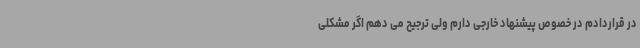
در قراردادم در خصوص پیشنهاد خارجی دارم ولی ترجیح می دهم اگر مشکلی